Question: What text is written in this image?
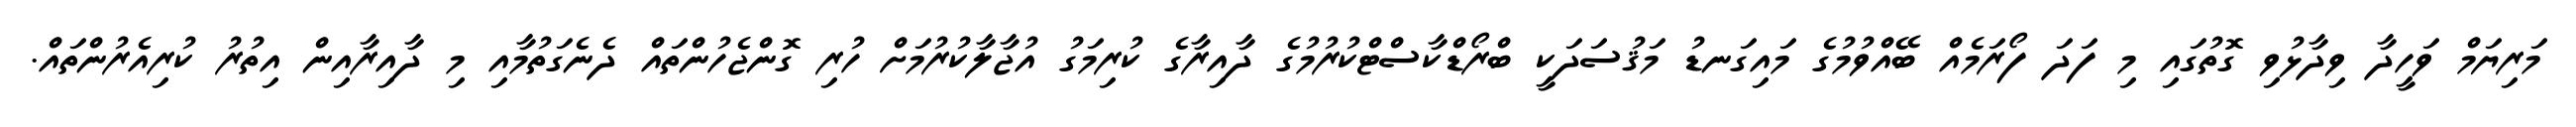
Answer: މަރިޔަމް ވަހީދާ ވިދާޅުވި ގޮތުގައި މި ފަދަ ފޯރަމެއް ބޭއްވުމުގެ މައިގަނޑު މަޤުސަދަކީ ބްރޯޑްކާސްޓްކުރުމުގެ ދާއިރާގެ ކުރިމަގު އުޖާލާކުރުމަށް ހުރި ގޮންޖެހުންތައް ދެނެގަތުމާއި މި ދާއިރާއިން އިތުރު ކުރިއެރުންތައް.